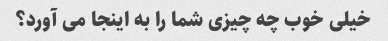
خیلی خوب چه چیزی شما را به اینجا می آورد؟